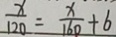
\frac { x } { 1 2 0 } = \frac { x } { 1 6 0 } + 6